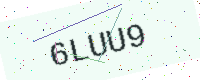
Text: 6LUU9